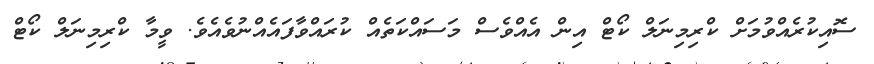
ސޮއިކުރެއްވުމަށް ކްރިމިނަލް ކޯޓް އިން އެއްވެސް މަސައްކަތެއް ކުރައްވާފަައެއްނުވެއެވެ. ވީމާ ކްރިމިނަލް ކޯޓް